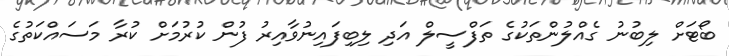
ބޯޓަށް ލިބުނު ގެއްލުންތަކުގެ ތަފްސީލް އަދި ލިބިފައިނުވާއިރު ފުން ކުރުމަށް ކުރާ މަސައްކަތުގެ